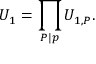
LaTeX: U _ { 1 } = \prod _ { P | p } U _ { 1 , P } .